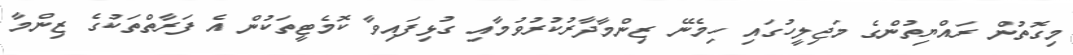
މިގޮތުން ރައްޔިތުންގެ މަޖިލީހުގައި ހިމެނޭ ޒިންމާދާރުކުރުވުމާއި ގުޅިފައިވާ ކޮމެޓީތަކުން އެ ފަރާތްތަކުގެ ޒިންމާ